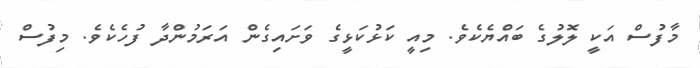
މާފުސް އަކީ ލޮލުގެ ބައްޔެކެވެ. މިއީ ކަޅުކަޅީގެ ވަށައިގެން އަރަމުންދާ ފުހެކެވެ. މިފުސް